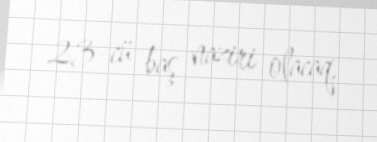
23-cü baş naziri olacaq.